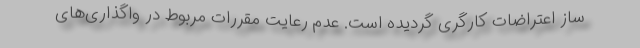
ساز اعتراضات کارگری گردیده است. عدم رعایت مقررات مربوط در واگذاری‌های